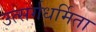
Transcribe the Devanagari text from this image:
उत्सर्गधर्मिता